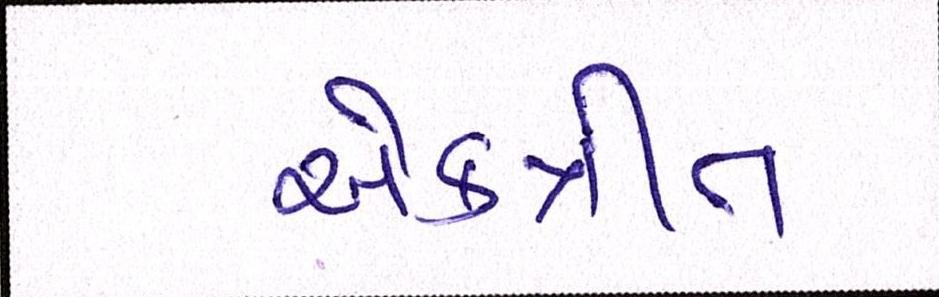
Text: એકત્રીત